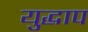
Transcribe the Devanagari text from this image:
युद्धाप